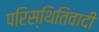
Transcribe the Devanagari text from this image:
परिस्थितिवादी